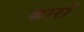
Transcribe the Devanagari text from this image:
कारोँ